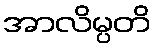
အာလိမ္ပတိ